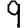
Digit: 9